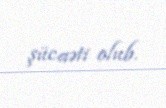
şücaəti olub.